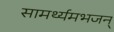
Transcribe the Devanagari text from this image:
सामर्थ्यमभजन्